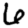
Digit: 6